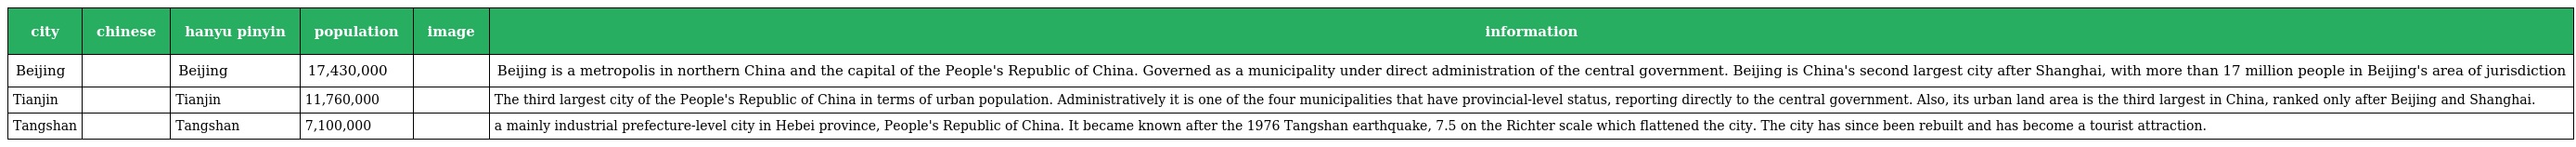
| city | chinese | hanyu pinyin | population | image | information |
 | --- | --- | --- | --- | --- | --- |
 | Beijing | 北京 | Beijing | 17,430,000 |  | Beijing is a metropolis in northern China and the capital of the People's Republic of China. Governed as a municipality under direct administration of the central government. Beijing is China's second largest city after Shanghai, with more than 17 million people in Beijing's area of jurisdiction |
 | Tianjin | 天津 | Tianjin | 11,760,000 |  | The third largest city of the People's Republic of China in terms of urban population. Administratively it is one of the four municipalities that have provincial-level status, reporting directly to the central government. Also, its urban land area is the third largest in China, ranked only after Beijing and Shanghai. |
 | Tangshan | 唐山 | Tangshan | 7,100,000 |  | a mainly industrial prefecture-level city in Hebei province, People's Republic of China. It became known after the 1976 Tangshan earthquake, 7.5 on the Richter scale which flattened the city. The city has since been rebuilt and has become a tourist attraction. |